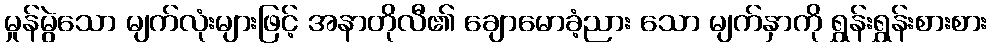
မှုန်မွဲသော မျက်လုံးများဖြင့် အနာတိုလီ၏ ချောမောခံ့ညား သော မျက်နှာကို ရွှန်းရွှန်းစားစား